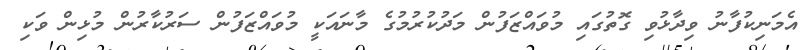
އެމަނިކުފާނު ވިދާޅުވި ގޮތުގައި މުވައްޒަފުން މަދުކުރުމުގެ މާނައަކީ މުވައްޒަފުން ސަރުކާރުން މުޅިން ވަކި